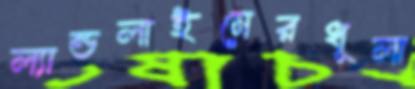
ল্যান্ডলাইনেরধূলা